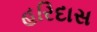
હરિદાસ